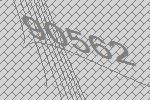
90562